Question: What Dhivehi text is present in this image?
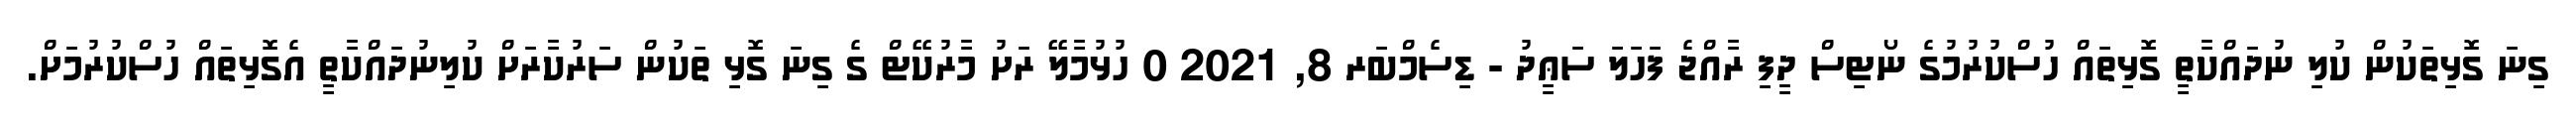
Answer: ގިނަ ގޮޅިތަކުން ކުލި ނުދައްކާތީ ގޮޅިތައް ހުސްކުރުމުގެ ނޯޓިސް ދީފި ރާއްޖެ ފަހަލަ ސަޢީދު - ޑިސެމްބަރ 8, 2021 0 ހުޅުމާލޭ ރަށު މާރުކޭޓް ގެ ގިނަ ގޮޅި ތަކުން ސަރުކާރަށް ކުލިނުދައްކާތީ އެގޮޅިތައް ހުސްކުރުމަށް.